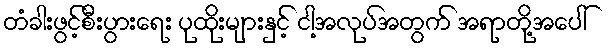
တံခါးဖွင့်စီးပွားရေး ပုထိုးများနှင့် ငါ့အလုပ်အတွက် အရာတို့အပေါ်